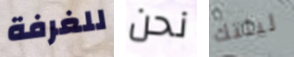
للغرفة نحن ليلتك